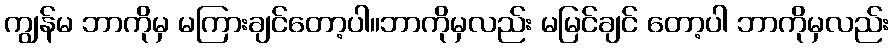
ကျွန်မ ဘာကိုမှ မကြားချင်တော့ပါ။ဘာကိုမှလည်း မမြင်ချင် တော့ပါ ဘာကိုမှလည်း